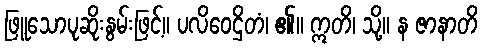
ဖြူသောပုဆိုးနွမ်းဖြင့်။ ပလိဝေဌိတံ၊ ၏။ ဣတိ၊ သို့။ န ဇာနာတိ